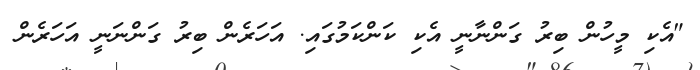
"އެކި މީހުން ބިރު ގަންނާނީ އެކި ކަންކަމުގައި. އަހަރެން ބިރު ގަންނަނީ އަހަރެން